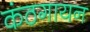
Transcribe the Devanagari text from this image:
कंठगायन